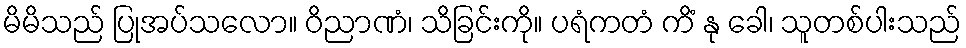
မိမိသည် ပြုအပ်သလော။ ဝိညာဏံ၊ သိခြင်းကို။ ပရံကတံ ကိံ နု ခေါ၊ သူတစ်ပါးသည်